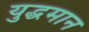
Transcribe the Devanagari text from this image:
युद्धमान